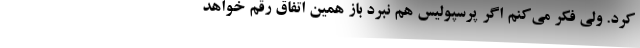
کرد. ولی فکر می‌کنم اگر پرسپولیس هم نبرد باز همین اتفاق رقم خواهد